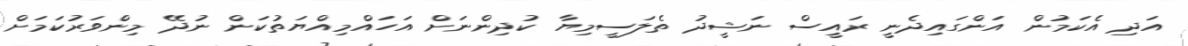
އަދި އެކަމުން އަންގައިދެނީ ރައީސް ނަޝީދު ތެލަސީމިޔާ ކުދިންނަށް އަހައްމިއްޔަތުކަން ނުދޭ މިންވަރުކަމަށް